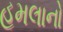
હૂમલાનો